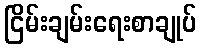
ငြိမ်းချမ်းရေးစာချုပ်